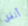
أنفق